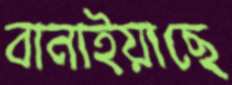
বানাইয়াছে